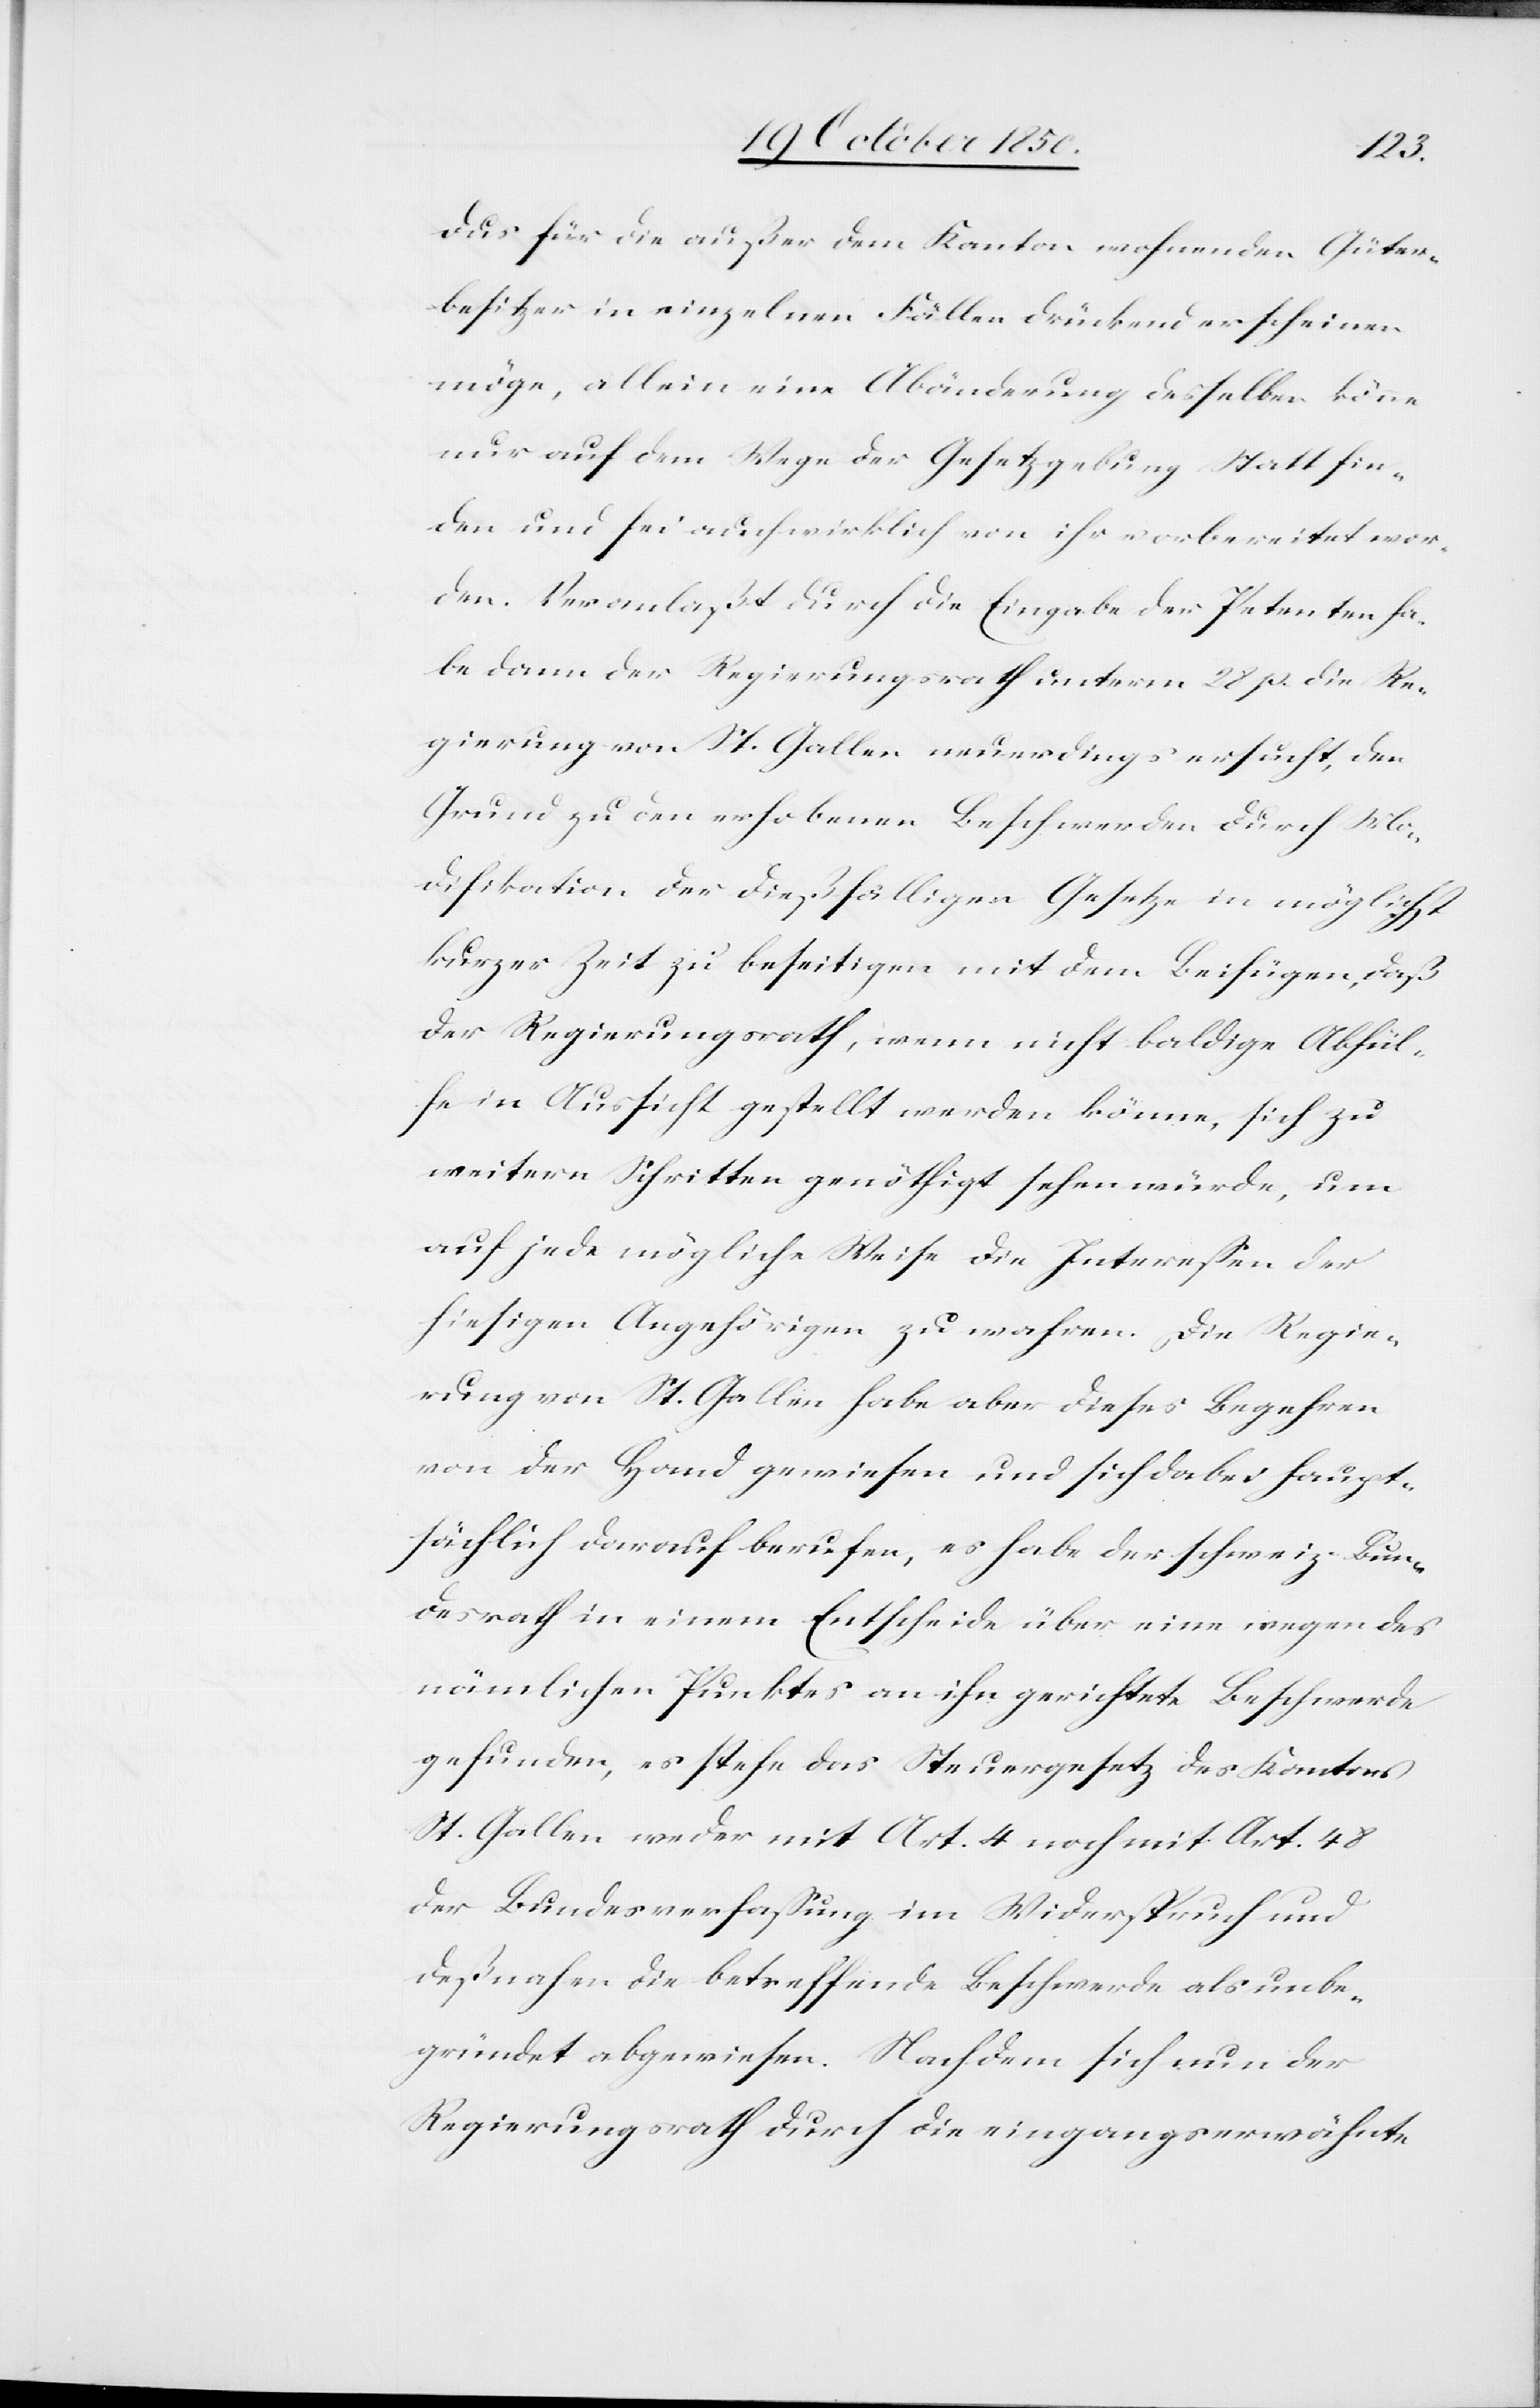
dus für die außer dem Kanton wohnenden Güter¬
besitzer in einzelnen Fällen drückend erscheinen
möge, allein eine Abänderung desselben könne
nur auf dem Wege der Gesetzgebung Statt fin¬
den und sei auch wirklich von ihr vorbereitet wor¬
den. Veranlaßt durch die Eingabe der Petenten ha¬
be dann der Regierungsrath unterm 28 p. die Re¬
gierung von St. Gallen neuerdings ersucht, den
Grund zu den erhobenen Beschwerden durch Mo¬
difikation der dießfälligen Gesetze in möglichst
kurzer Zeit zu beseitigen mit dem Beifügen, daß
der Regierungsrath, wenn nicht baldige Abhül¬
fe in Aussicht gestellt werden könne, sich zu
weitern Schritten genöthigt sehen würde, um
auf jede mögliche Weise die Interessen der
hiesigen Angehörigen zu wahren. Die Regie¬
rung von St. Gallen habe aber dieses Begehren
von der Hand gewiesen und sich dabei haupt¬
sächlich darauf berufen, es habe der schweiz. Bun¬
desrath in einem Entscheide über eine wegen des
nämlichen Punktes an ihn gerichtete Beschwerde
gefunden, es stehe das Steuergesetz des Kantons
St. Gallen weder mit Art. 4 noch mit Art. 48
der Bundesverfassung im Widerspruch und
deßnahen die betreffende Beschwerde als unbe¬
gründet abgewiesen. Nachdem sich nun der
Regierungsrath durch die eingangserwähnte